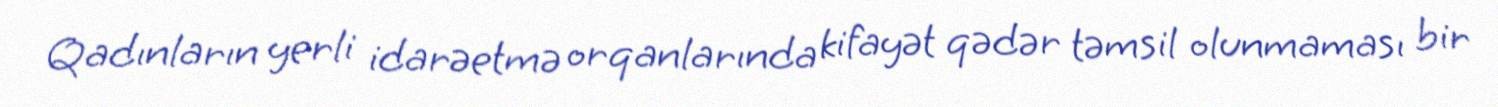
Qadınların yerli idarəetmə orqanlarında kifayət qədər təmsil olunmaması bir